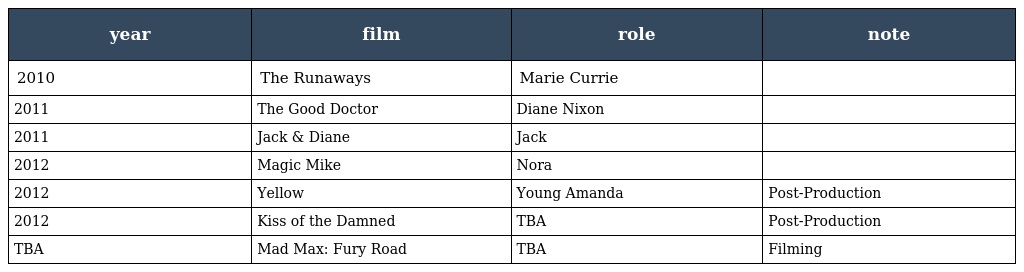
| year | film | role | note |
 | --- | --- | --- | --- |
 | 2010 | The Runaways | Marie Currie |  |
 | 2011 | The Good Doctor | Diane Nixon |  |
 | 2011 | Jack & Diane | Jack |  |
 | 2012 | Magic Mike | Nora |  |
 | 2012 | Yellow | Young Amanda | Post-Production |
 | 2012 | Kiss of the Damned | TBA | Post-Production |
 | TBA | Mad Max: Fury Road | TBA | Filming |